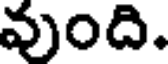
వుంది.